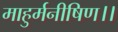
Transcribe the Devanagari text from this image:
माहुर्मनीषिण।।